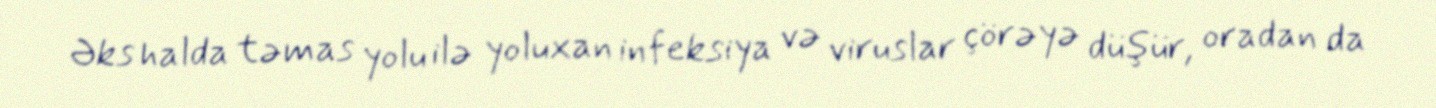
Əks halda təmas yolu ilə yoluxan infeksiya və viruslar çörəyə düşür, oradan da